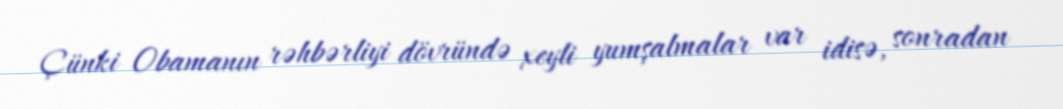
Çünki Obamanın rəhbərliyi dövründə xeyli yumşalmalar var idisə, sonradan